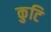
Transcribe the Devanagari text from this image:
कुटि